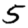
Digit: 5